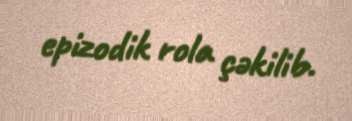
epizodik rola çəkilib.